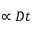
\propto D t